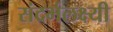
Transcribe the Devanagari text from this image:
संदर्भलक्ष्यी